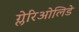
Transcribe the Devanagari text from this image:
ग्लेरिओलिडे